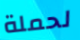
لحملة